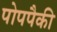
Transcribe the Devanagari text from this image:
पोपपैकी